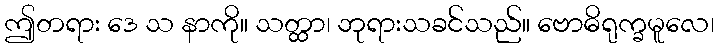
ဤတရား ဒေ သ နာကို။ သတ္ထာ၊ ဘုရားသခင်သည်။ ဗောဓိရုက္ခမူလေ၊